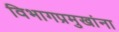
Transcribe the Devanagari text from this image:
विभागप्रमुखांना